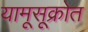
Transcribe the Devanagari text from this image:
यामूसूक्रोत